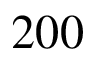
2 0 0